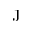
\mathrm { J }